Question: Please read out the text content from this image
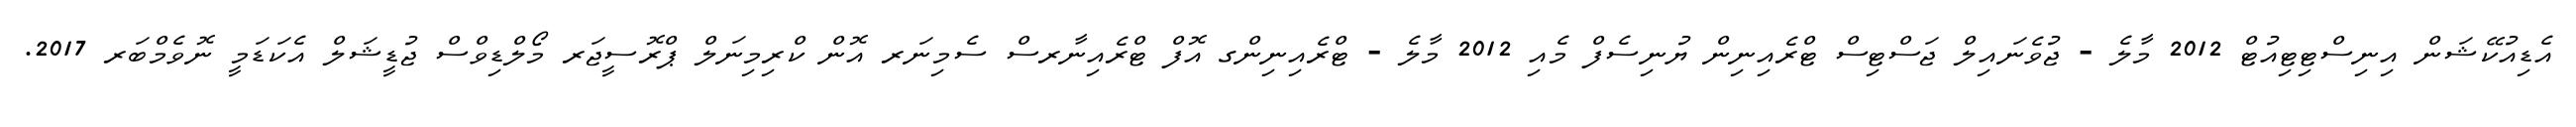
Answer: އެޑިއުކޭޝަން އިނިސްޓިޓިއުޓް 2012 މާލެ - ޖުވެނައިލް ޖަސްޓިސް ޓްރެއިނިން ޔުނިސެފް މެއި 2012 މާލެ - ޓްރެއިނިންގ އޮފް ޓްރެއިނާރސް ސެމިނަރ އޮން ކްރިމިނަލް ޕްރޮސީޖަރ މޯލްޑިވްސް ޖުޑީޝަލް އެކަޑަމީ ނޮވެމްބަރ 2017.